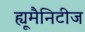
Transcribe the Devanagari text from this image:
ह्यूमैनिटीज